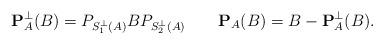
LaTeX: \begin{align*} \mathbf P_A^{\bot}(B)=P_{S_1^{\bot}(A)}BP_{S_2^{\bot}(A)}\quad\quad\mathbf P_A(B)=B- \mathbf P_A^{\bot}(B). \end{align*}